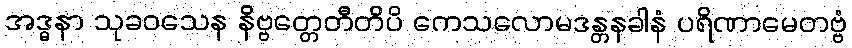
အဒ္ဓနာ သုခဝသေန နိဗ္ဗတ္တေတီတိပိ ကေသလောမဒန္တနခါနံ ပရိဏာမေတဗ္ဗံ